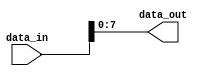
module PartSelectExample (
    input wire [15:0] data_in,   // Larger vector input (16 bits)
    output wire [7:0] data_out   // Selected part output (8 bits)
);

// Continuous assignment to select a specific portion of data_in
// Selecting bits [7:0] from data_in (lower 8 bits)
assign data_out = data_in[7:0]; // Assign lower 8 bits of data_in to data_out

endmodule